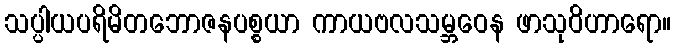
သပ္ပါယပရိမိတဘောဇနပစ္စယာ ကာယဗလသမ္ဘဝေန ဖာသုဝိဟာရော။